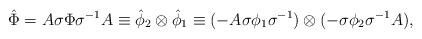
LaTeX: \begin{align*}{\hat{\Phi}}=A\sigma {\Phi}{\sigma}^{-1}A \equiv{\hat{\phi}}_2\otimes {\hat{\phi}}_1\equiv(-A\sigma{\phi}_1 {\sigma}^{-1}) \otimes(-\sigma {\phi}_2 {\sigma}^{-1}A),\end{align*}